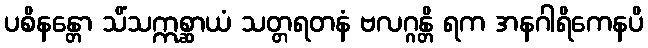
ပစိနန္တော သိံသဣစ္ဆာယံ သတ္တရတနံ ဗလဂ္ဂန္တိ ရက အနဂါရိကေနပိ